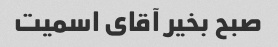
صبح بخیر آقای اسمیت